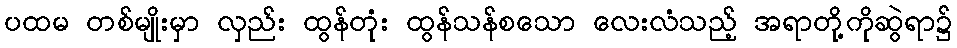
ပထမ တစ်မျိုးမှာ လှည်း ထွန်တုံး ထွန်သန်စသော လေးလံသည့် အရာတို့ကိုဆွဲရာ၌